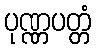
ပုဏ္ဏပတ္တံ